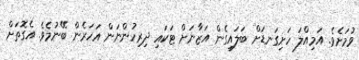
ވުމަށެވެ. އަމިއްލަ ހަށިގަނޑަށް ބަލައިގެން އަޒާނަށް ޓަކައި ދިރިހުންނަން އަހަރެން ބޭނުމެވެ. އެގޮތަށް